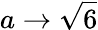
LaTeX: a\rightarrow{\sqrt{6}}